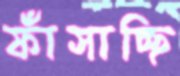
ফাঁসাচ্ছি